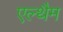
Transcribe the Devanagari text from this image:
एल्थैम